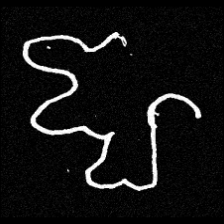
Pyu character \u2014 Myanmar letter: ဈ (romanized: jha)